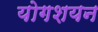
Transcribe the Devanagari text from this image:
योगशयन